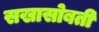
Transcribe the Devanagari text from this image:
सखासोबती